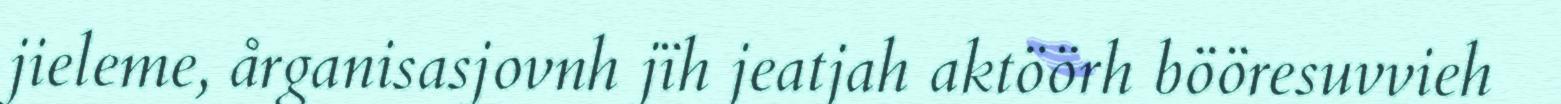
jieleme, årganisasjovnh jïh jeatjah aktöörh bööresuvvieh